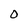
Character: 0